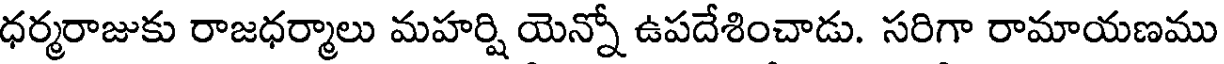
ధర్మరాజుకు రాజధర్మాలు మహర్షి యెన్నో ఉపదేశించాడు. సరిగా రామాయణము